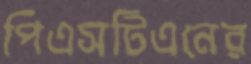
পিএসটিএনের